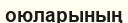
оюларының